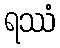
ရဿံ